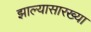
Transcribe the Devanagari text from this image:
झाल्यासारख्या